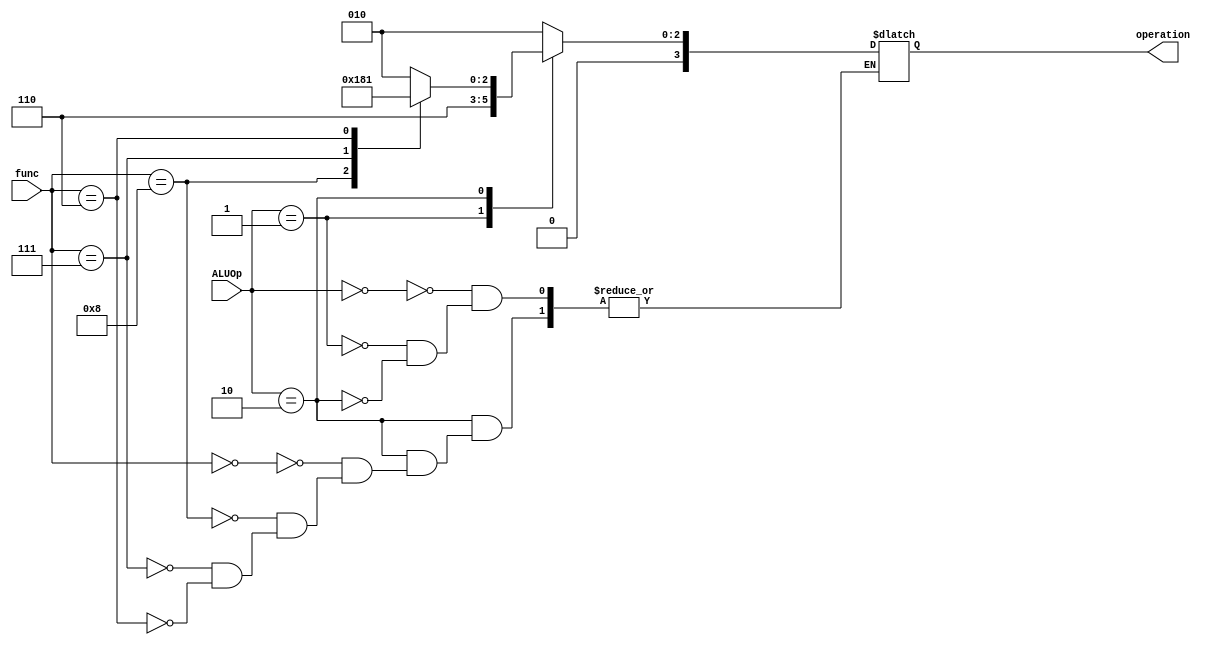
module ALUControl(
	input [1:0] ALUOp,
	input [3:0] func,
	output reg [3:0] operation
);

	initial
		operation = 4'b1111;		//because there is no such value of operation but 0000 is.
		
	always @ (ALUOp, func)
		begin
			case (ALUOp)
				2'b00: operation = 4'b0010;
				2'b01: operation = 4'b0110;
				2'b10: begin
							case (func)
								4'b0000: operation = 4'b0010;
								4'b1000: operation = 4'b0110;
								4'b0111: operation = 4'b0000;
								4'b0110: operation = 4'b0001;
							endcase
						end
			endcase
		end
		
endmodule